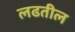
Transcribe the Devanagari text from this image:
लढतील